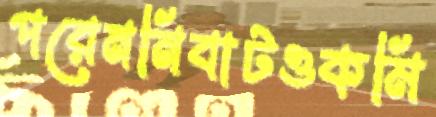
পরেননিবাটওকমি